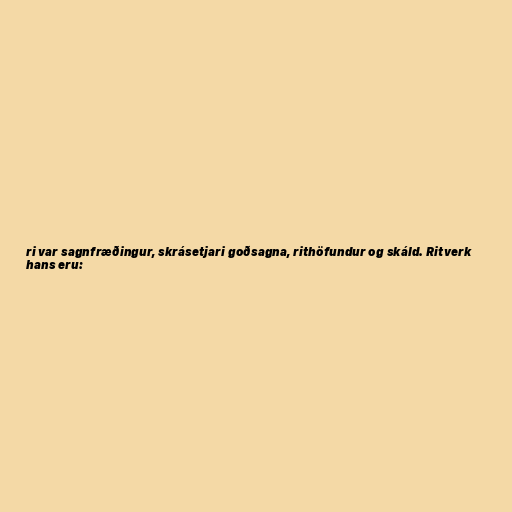
ri var sagnfræðingur, skrásetjari goðsagna, rithöfundur og skáld. Ritverk
hans eru: